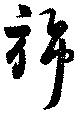
旆